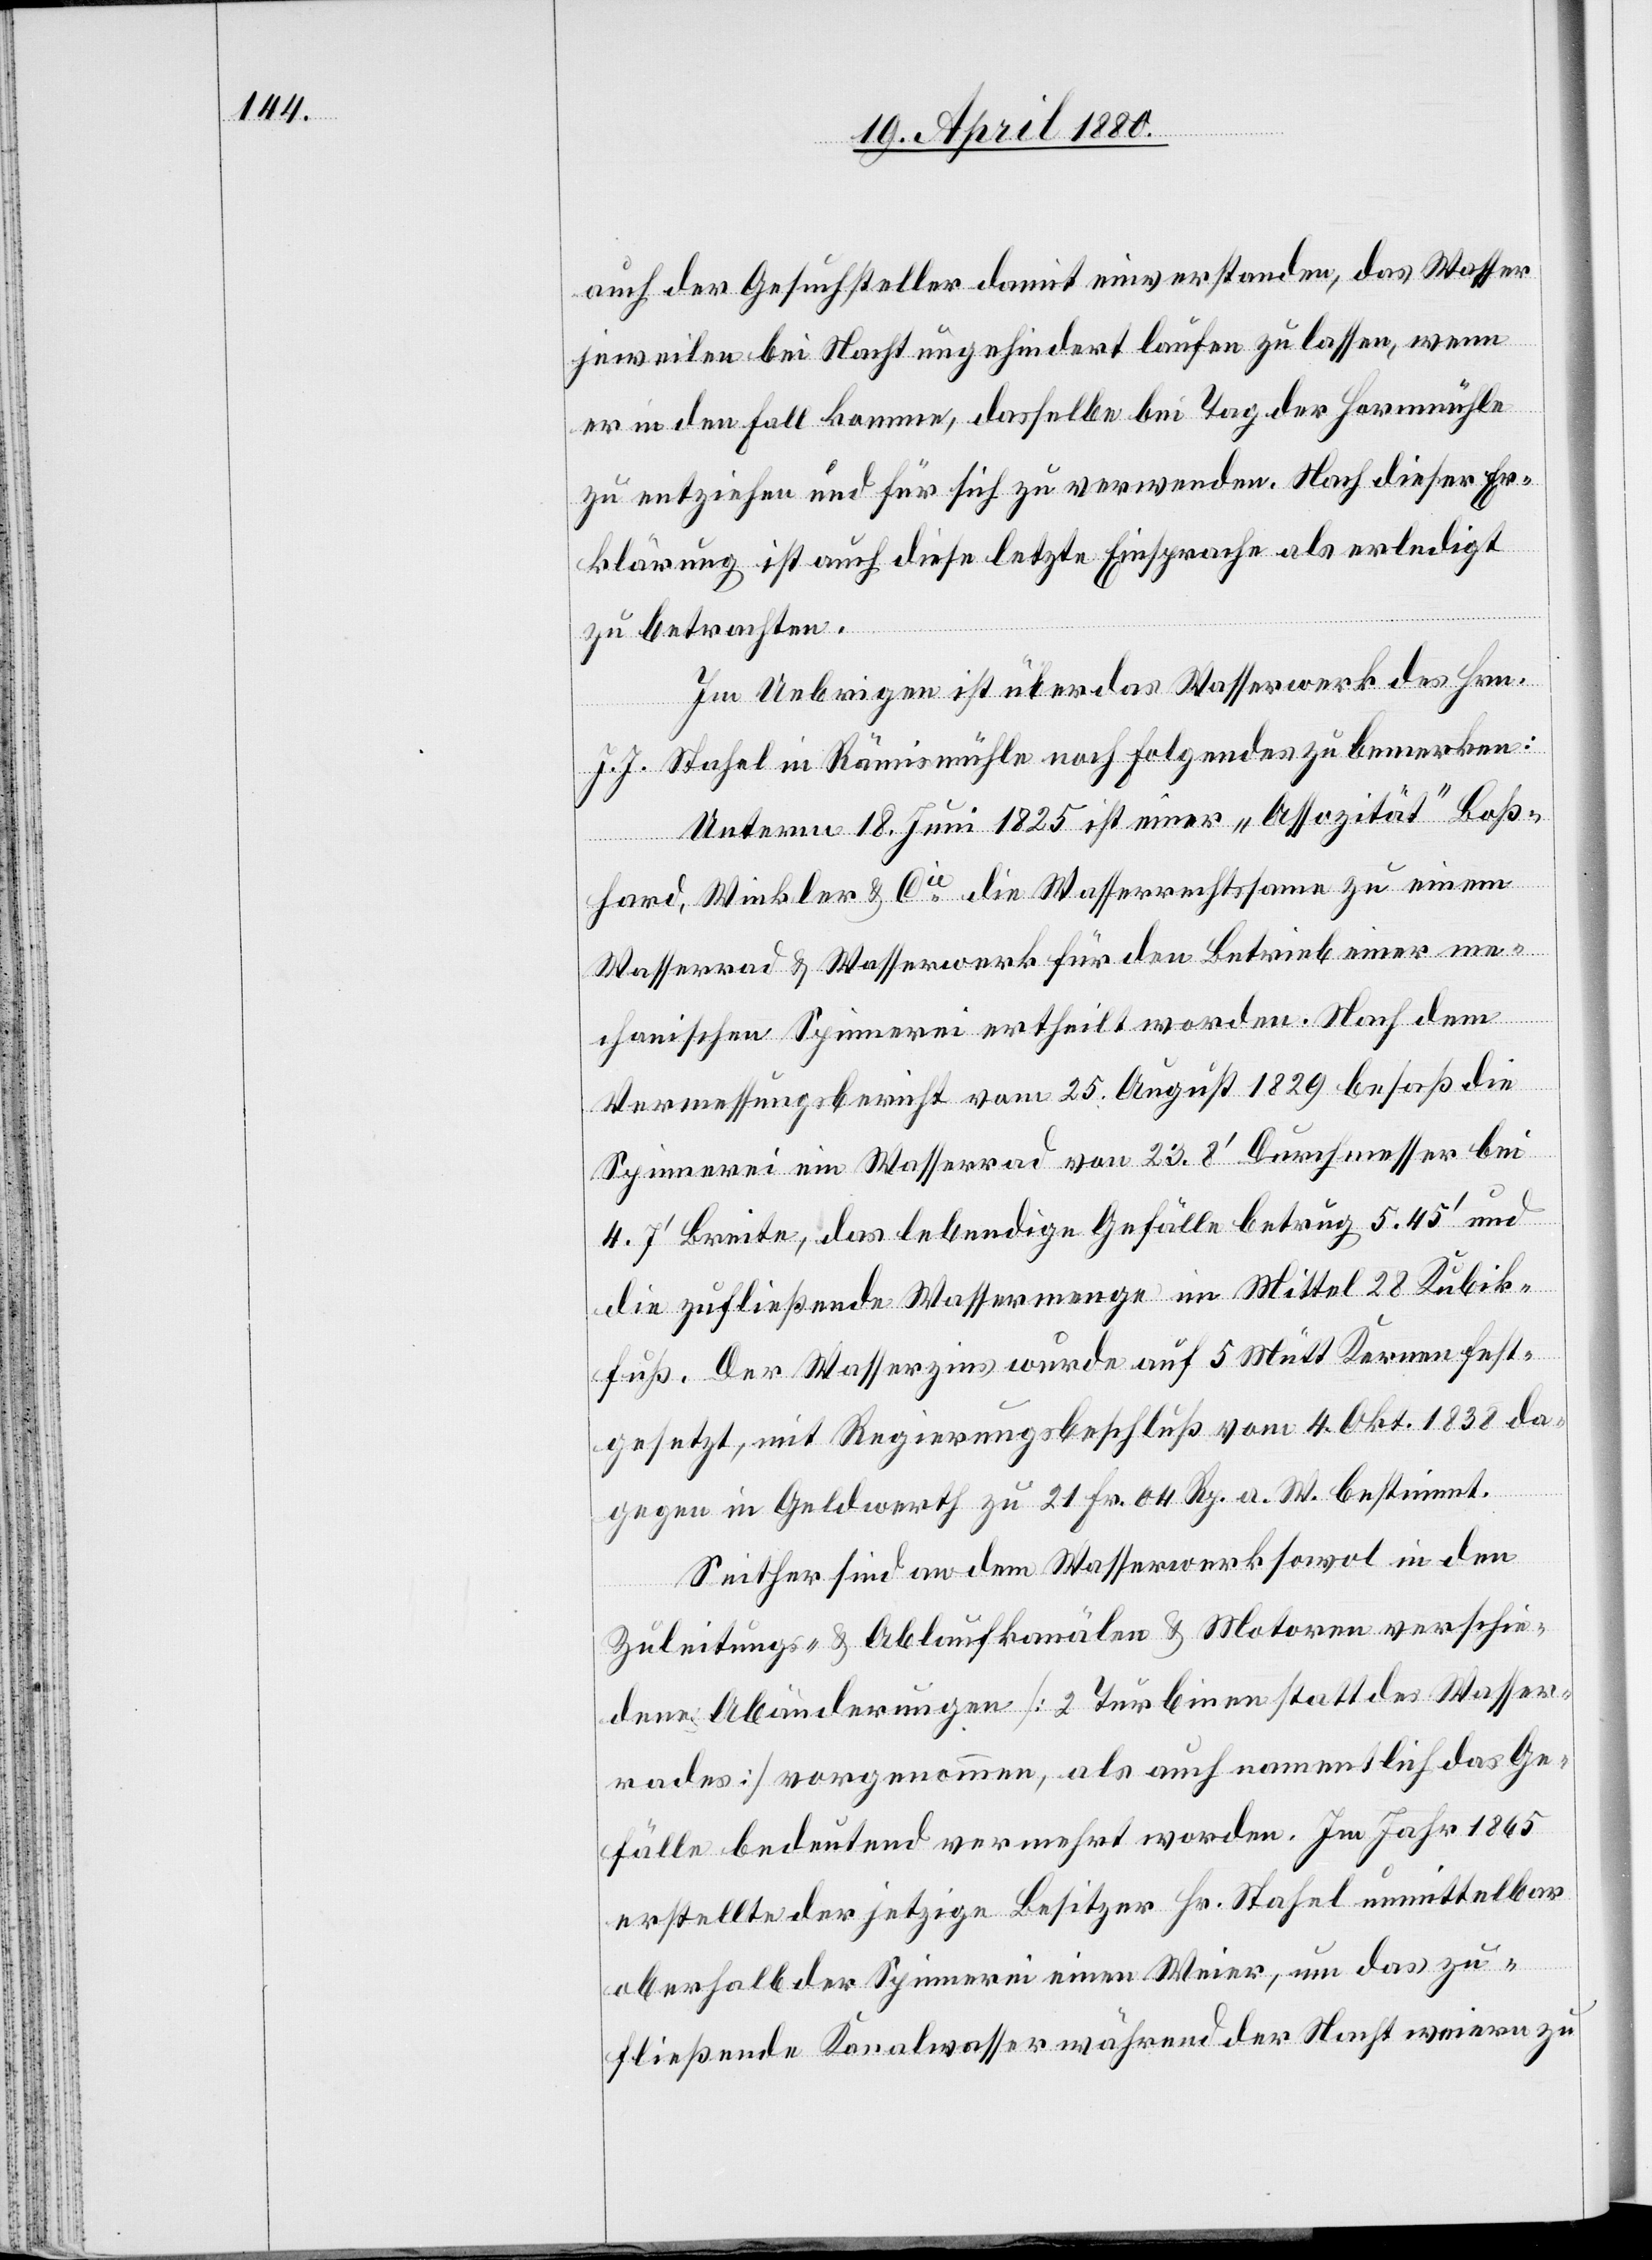
auch der Gesuchsteller damit einverstanden, das Wasser
jeweilen bei Nacht ungehindert laufen zu lassen, wenn
er in den Fall komme, dasselbe bei Tag der Hornmühle
zu entziehen und für sich zu verwenden. Nach dieser Er¬
klärung ist auch diese letzte Einsprache als erledigt
zu betrachten.
Im Uebrigen ist über das Wasserwerk des Hrn.
J. J. Stahel in Rämismühle noch folgendes zu bemerken:
Unterm 18. Juni 1825 ist einer „Assozität“ Boß¬
hard, Winkler & Cie die Wasserrechtssame zu einem
Wasserrad & Wasserwerk für den Betrieb einer me¬
chanischen Spinnerei ertheilt worden. Nach dem
Vermessungsbericht vom 25. August 1829 besaß die
Spinnerei ein Wasserrad von 23,8‘ Durchmesser bei
4.7‘ Breite, das lebendige Gefälle betrug 5.45‘ und
die zufließende Wassermenge im Mittel 28 Kubik¬
fuß. Der Wasserzins wurde auf 5 Mütt Kernen fest¬
gesetzt, mit Regierungsbeschluß vom 4. Okt. 1838 da¬
gegen in Geldwerth zu 21 Fr. 04 Rp. a. W. bestimmt.
Seither sind an dem Wasserwerk sowol in den
Zuleitungs- & Ablaufkanälen & Motoren verschie¬
den Abänderungen [2 Turbinen statt des Wasser¬
rades] vorgenommen, als auch namentlich das Ge¬
fälle bedeutend vermehrt worden. Im Jahr 1865
erstellte der jetzige Besitzer Hr. Stahel unmittelbar
oberhalb der Spinnerei einen Weier, um das zu¬
fließende Kanalwasser während der Nacht weiern zu